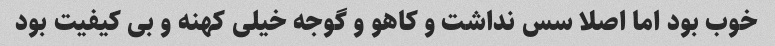
خوب بود اما اصلا سس نداشت و کاهو و گوجه خیلی کهنه و بی کیفیت بود